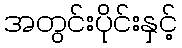
အတွင်းပိုင်းနှင့်